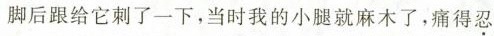
脚后跟给它刺了一下，当时我的小腿就麻木了，痛得忍